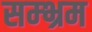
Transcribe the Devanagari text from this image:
सम्‍भ्रम